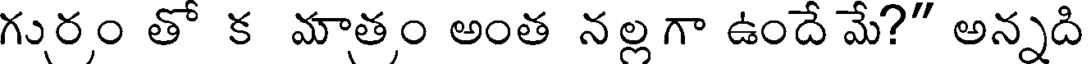
గురం తో క మాతం అంత నల్లగా ఉందే మే?" అన్నది